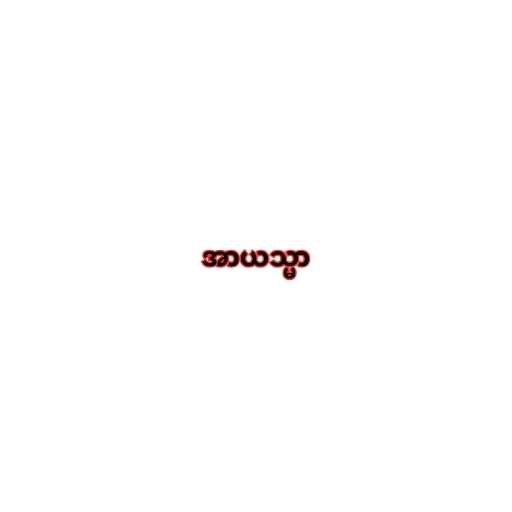
အာယသ္မာ